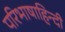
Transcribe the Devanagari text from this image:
परिभाषाहिन्दी